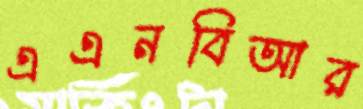
এএনবিআর